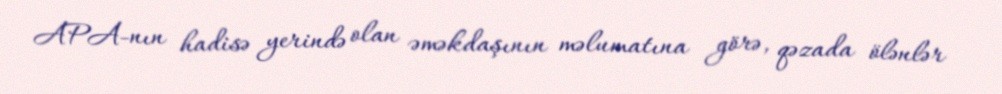
APA-nın hadisə yerində olan əməkdaşının məlumatına görə, qəzada ölənlər